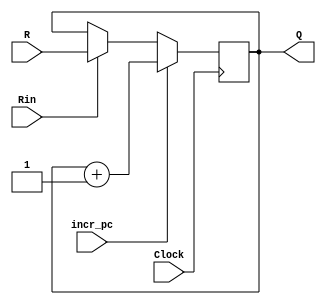
module counter(R,incr_pc,Rin,Clock,Q);
input Rin,incr_pc,Clock;
input [15:0]R;
output reg [15:0]Q;
always @(posedge Clock)
begin
if (Rin==1) Q <= R;
if (incr_pc==1) Q <= Q + 1;
end
endmodule